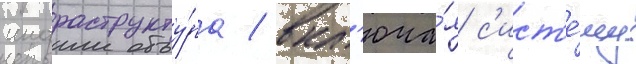
инфраструкту́ра / вкл'юча́я с'ист'е́му